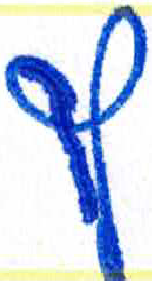
אות: ף